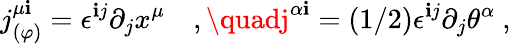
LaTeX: j_{(\varphi)}^{\mu\mathbf{i}}=\epsilon^{\mathbf{i}j}\partial_{j}x^{\mu}\quad,\quadj^{\alpha\mathbf{i}}=(1/2)\epsilon^{\mathbf{i}j}\partial_{j}\theta^{\alpha}\ ,